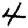
Digit: 4